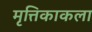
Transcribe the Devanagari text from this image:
मृत्तिकाकला